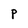
Character: P